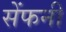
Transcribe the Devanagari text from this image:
सेंफनी